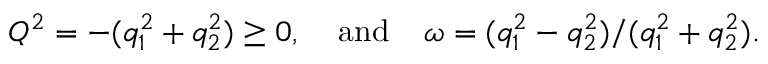
Q ^ { 2 } = - ( q _ { 1 } ^ { 2 } + q _ { 2 } ^ { 2 } ) \geq 0 , \; \; \; \; \mathrm { a n d } \; \; \; \; \omega = ( q _ { 1 } ^ { 2 } - q _ { 2 } ^ { 2 } ) / ( q _ { 1 } ^ { 2 } + q _ { 2 } ^ { 2 } ) .